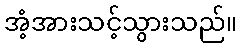
အံ့အားသင့်သွားသည်။